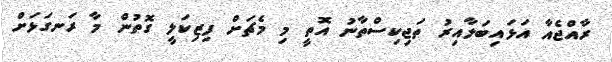
ރާއްޖެއާ އަޅައިބަލާއިރު ތަޖިކިސްތާނު އޮތީ މި މެޗަށް ފިޒިކަލީ ގޮތުން މާ ރަނގަޅަށް